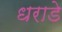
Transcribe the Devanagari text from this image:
धराडे